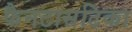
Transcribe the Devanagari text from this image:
फैनटासटिका